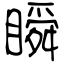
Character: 瞬